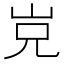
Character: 𡶢